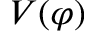
V ( \varphi )